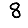
Digit: 8